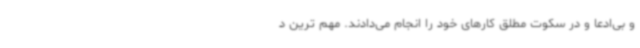
و بی‌ادعا و در سکوت مطلق کارهای خود را انجام می‌دادند. مهم ترین د